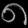
Digit: ၈